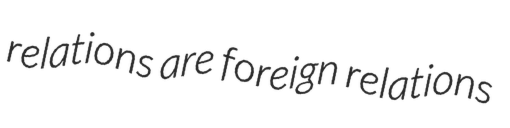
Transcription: relations are foreign relations